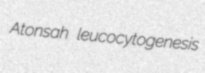
Atonsah leucocytogenesis